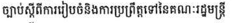
ច្បាប់ស្តីពីការរៀបចំនិងការប្រព្រឹត្តទៅនៃគណៈរដ្ឋមន្រ្តី